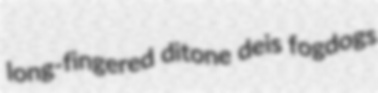
long-fingered ditone deis fogdogs